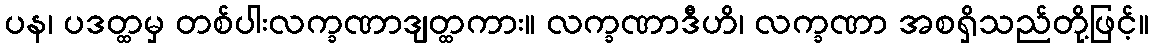
ပန၊ ပဒတ္ထမှ တစ်ပါးလက္ခဏာဒျတ္ထကား။ လက္ခဏာဒီဟိ၊ လက္ခဏာ အစရှိသည်တို့ဖြင့်။